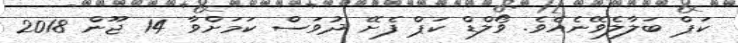
ކަޕް ބަލާލެވޭނެއެވެ. ވޯލްޑް ކަޕް ފެށޭ ދުވަސް ކަމަށްވާ 14 ޖޫން 2018